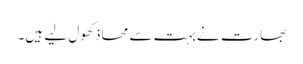
بھارت نے بہت سے محاذ کھول لیے ہیں۔